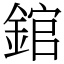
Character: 錧